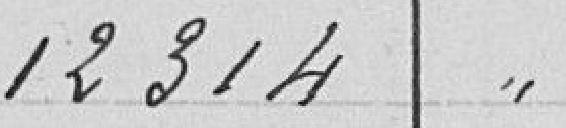
12 314,00